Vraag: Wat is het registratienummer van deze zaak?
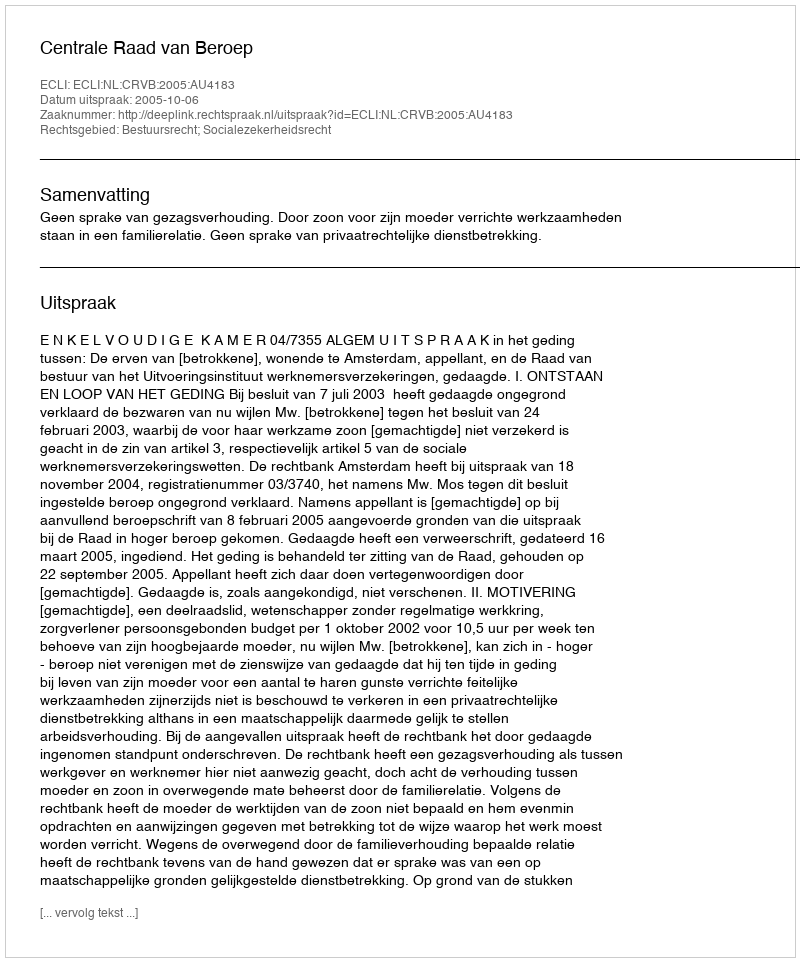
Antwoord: http://deeplink.rechtspraak.nl/uitspraak?id=ECLI:NL:CRVB:2005:AU4183